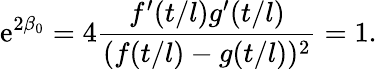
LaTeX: \mathrm{e}^{2\beta_{0}}=4\frac{{f^{\prime}(t/l)g^{\prime}(t/l)}}{{(f(t/l)-g(t/l))^{2}}}=1.